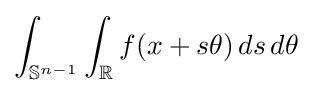
\int _{\mathbb {S} ^{n-1}}\int _{\mathbb {R} }f(x+s\theta )\,ds\,d\theta